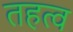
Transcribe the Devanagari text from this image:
तहत्व